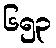
၆၅၃